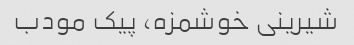
شیرینی خوشمزه، پیک مودب